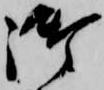
御